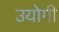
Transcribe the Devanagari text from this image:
उयोगी